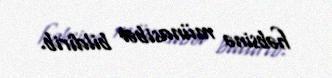
həbsinə münasibət bildirib.